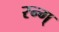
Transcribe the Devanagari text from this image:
रन्ग्